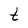
Character: t